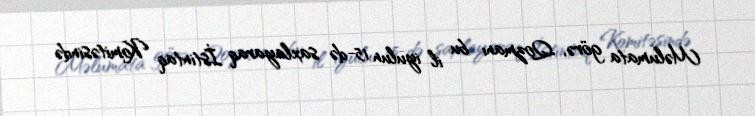
Məlumata görə, Qozmanı bu il iyulun 15-də saxlayaraq İstintaq Komitəsində